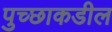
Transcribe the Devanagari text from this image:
पुच्छाकडील